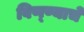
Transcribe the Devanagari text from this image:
विण्ण्याचे